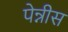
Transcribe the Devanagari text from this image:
पेन्नीस